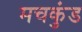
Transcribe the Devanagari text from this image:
मचकुंड